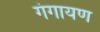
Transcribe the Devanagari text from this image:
गंगायण